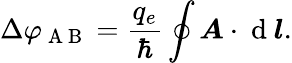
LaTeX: \Delta\varphi_{\mathrm{~A~B~}}=\frac{q_{e}}{\hbar}\oint\boldsymbol{A}\cdot\mathrm{~d~}\boldsymbol{l}.